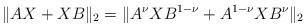
LaTeX: \begin{align*}\|AX+XB\|_2=\|A^{\nu}XB^{1-\nu}+A^{1-\nu}XB^{\nu}\|_2 \end{align*}